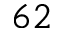
6 2